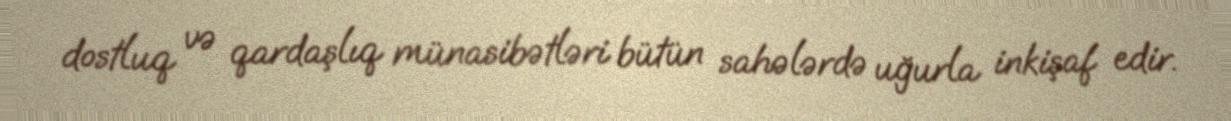
dostluq və qardaşlıq münasibətləri bütün sahələrdə uğurla inkişaf edir.